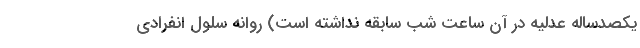
یکصدساله عدلیه در آن ساعت شب سابقه نداشته است) روانه سلول انفرادی